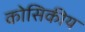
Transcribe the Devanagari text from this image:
कोसिकीय